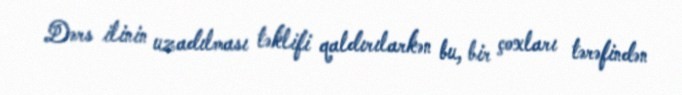
Dərs ilinin uzadılması təklifi qaldırılarkən bu, bir çoxları tərəfindən